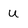
Character: u